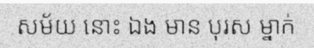
សម័យ នោះ ឯង មាន បុរស ម្នាក់